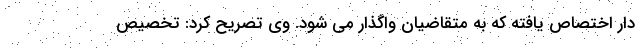
دار اختصاص یافته که به متقاضیان واگذار می شود. وی تصریح کرد: تخصیص